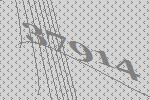
37914